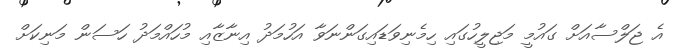
އެ ޖަލްސާއަށް ގައުމީ މަޖިލީހުގައި ހިމެނިވަޑައިގަންނަވާ އަހުމަދު އިނާޒާއި މުހައްމަދު ހަސަން މަނިކަށް